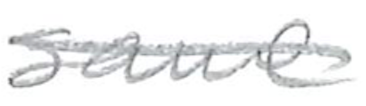
Text: same
Cross-out: single-line
Writing tool: pencil